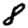
Digit: 8